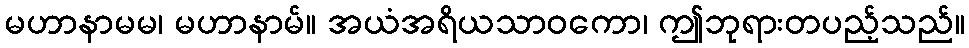
မဟာနာမမ၊ မဟာနာမ်။ အယံအရိယသာဝကော၊ ဤဘုရားတပည့်သည်။